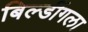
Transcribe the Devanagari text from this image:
बिल्डींगला